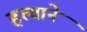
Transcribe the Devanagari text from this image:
हत्याने